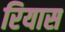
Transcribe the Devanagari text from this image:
रियास